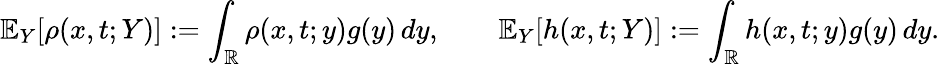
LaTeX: \mathbb{E}_{Y}[\rho(x,t;Y)]:=\int_{\mathbb{R}}\rho(x,t;y)g(y)\, dy,\qquad\mathbb{E}_{Y}[h(x,t;Y)]:=\int_{\mathbb{R}}h(x,t;y)g(y)\, dy.